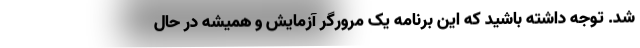
شد. توجه داشته باشید که این برنامه یک مرورگر آزمایش و همیشه در حال